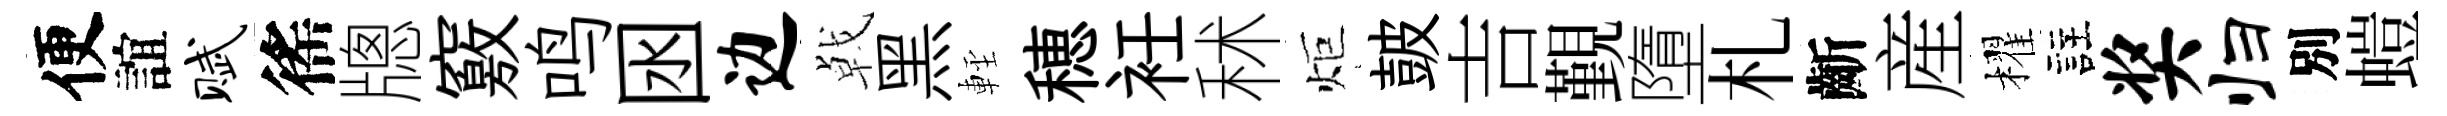
便誼赋徭牕竅鸣囦边㦸黑䡖穂衽秫炬皷吉覲墮札齗産櫂註奖归別螘